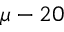
\mu - 2 0